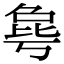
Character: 𰚋